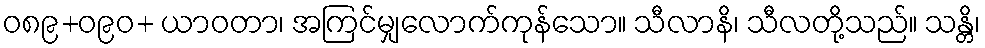
ဝ၈၉+ဝ၉၀+ ယာဝတာ၊ အကြင်မျှလောက်ကုန်သော။ သီလာနိ၊ သီလတို့သည်။ သန္တိ၊